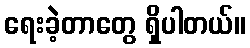
ရေးခဲ့တာတွေ ရှိပါတယ်။